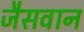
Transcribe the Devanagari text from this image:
जैसवान